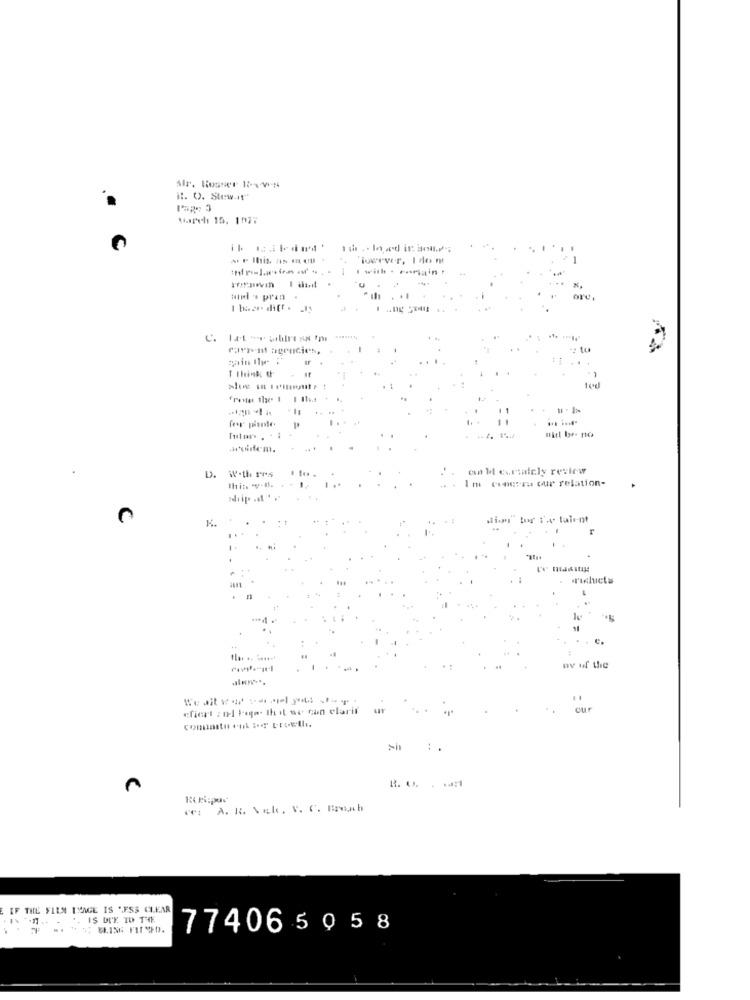
Rt. O. Stew.it'
March 19. 1977
" iveever, Ido m
...
mini - prin .
.. . ..
current agencies,
pain Ile
I think th
for piante.
.. +
an M cursoly review
D. W.the Irs
Im conerru our relation-
Ihin w-B ..
C
sim tor i.v tale-nt
C.
ny of the
Wealt war sonel gol sar
efiert : tel Fogja. th il se con clarif
our
re: A. R. VEk. V. C. Bronch
IF THE FILM IMAGE IS "FSS CLEAR
774065958